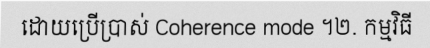
ដោយប្រើប្រាស់ Coherence mode ។២. កម្មវិធី